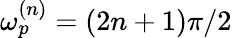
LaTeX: \omega_{p}^{(n)}=(2n+1)\pi/2